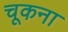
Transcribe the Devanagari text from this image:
चूकना